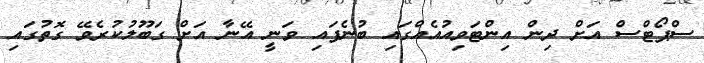
ސްޕޯޓްސް އަށް ދިން އިންޓަވިއުއެއްގައި ބުނެފައި ވަނީ އޭނާ އަށް ގަބޫލުކުރެވޭ ގޮތުގައި